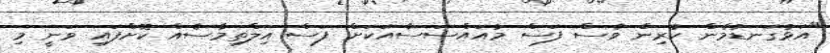
"އަޅުގަނޑުމެން ކުރިން ވެސް ފަސް މުއައްސަސާއަކަށް ފަސް އިލްތިމާސެއް ކޮށްފައި ވަނީ މި